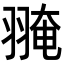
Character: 𦑎